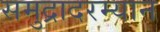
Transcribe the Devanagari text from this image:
समुद्रादरम्यान